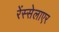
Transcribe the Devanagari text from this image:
रेंस्सेलाएर